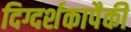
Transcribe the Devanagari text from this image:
दिग्दर्शकापैकी